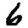
Digit: 6